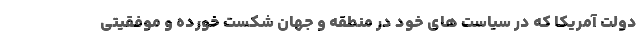
دولت آمریکا که در سیاست های خود در منطقه و جهان شکست خورده و موفقیتی